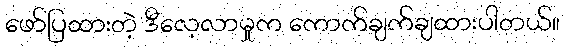
ဖော်ပြထားတဲ့ ဒီလေ့လာမှုက ကောက်ချက်ချထားပါတယ်။